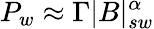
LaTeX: P_{w}\approx\Gamma|B|_{sw}^{\alpha}